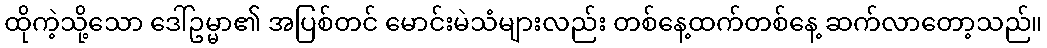
ထိုကဲ့သို့သော ဒေါ်ဥမ္မာ၏ အပြစ်တင် မောင်းမဲသံများလည်း တစ်နေ့ထက်တစ်နေ့ ဆက်လာတော့သည်။